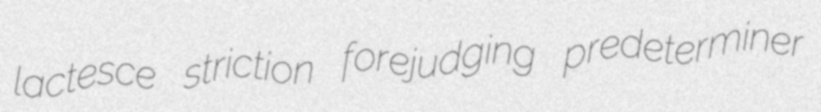
lactesce striction forejudging predeterminer